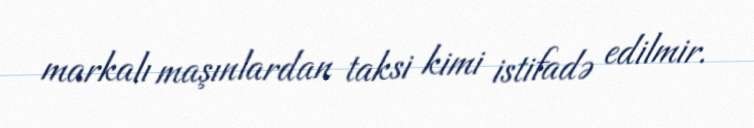
markalı maşınlardan taksi kimi istifadə edilmir.